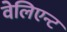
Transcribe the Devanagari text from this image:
वेलिएन्ट